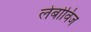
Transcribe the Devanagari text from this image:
लेबोविज